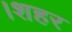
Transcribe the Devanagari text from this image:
।शहर